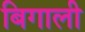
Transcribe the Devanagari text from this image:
बिगाली